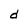
Character: d